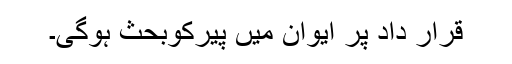
قرار داد پر ایوان میں پيرکوبحث ہوگی۔